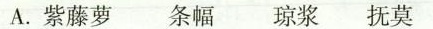
A.紫藤萝 条幅 琼浆 抚莫